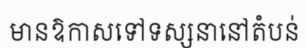
មានឱកាសទៅទស្សនានៅតំបន់